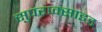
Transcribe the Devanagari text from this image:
सुपराक्साइड